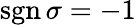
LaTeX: \operatorname{sgn}\sigma=-1